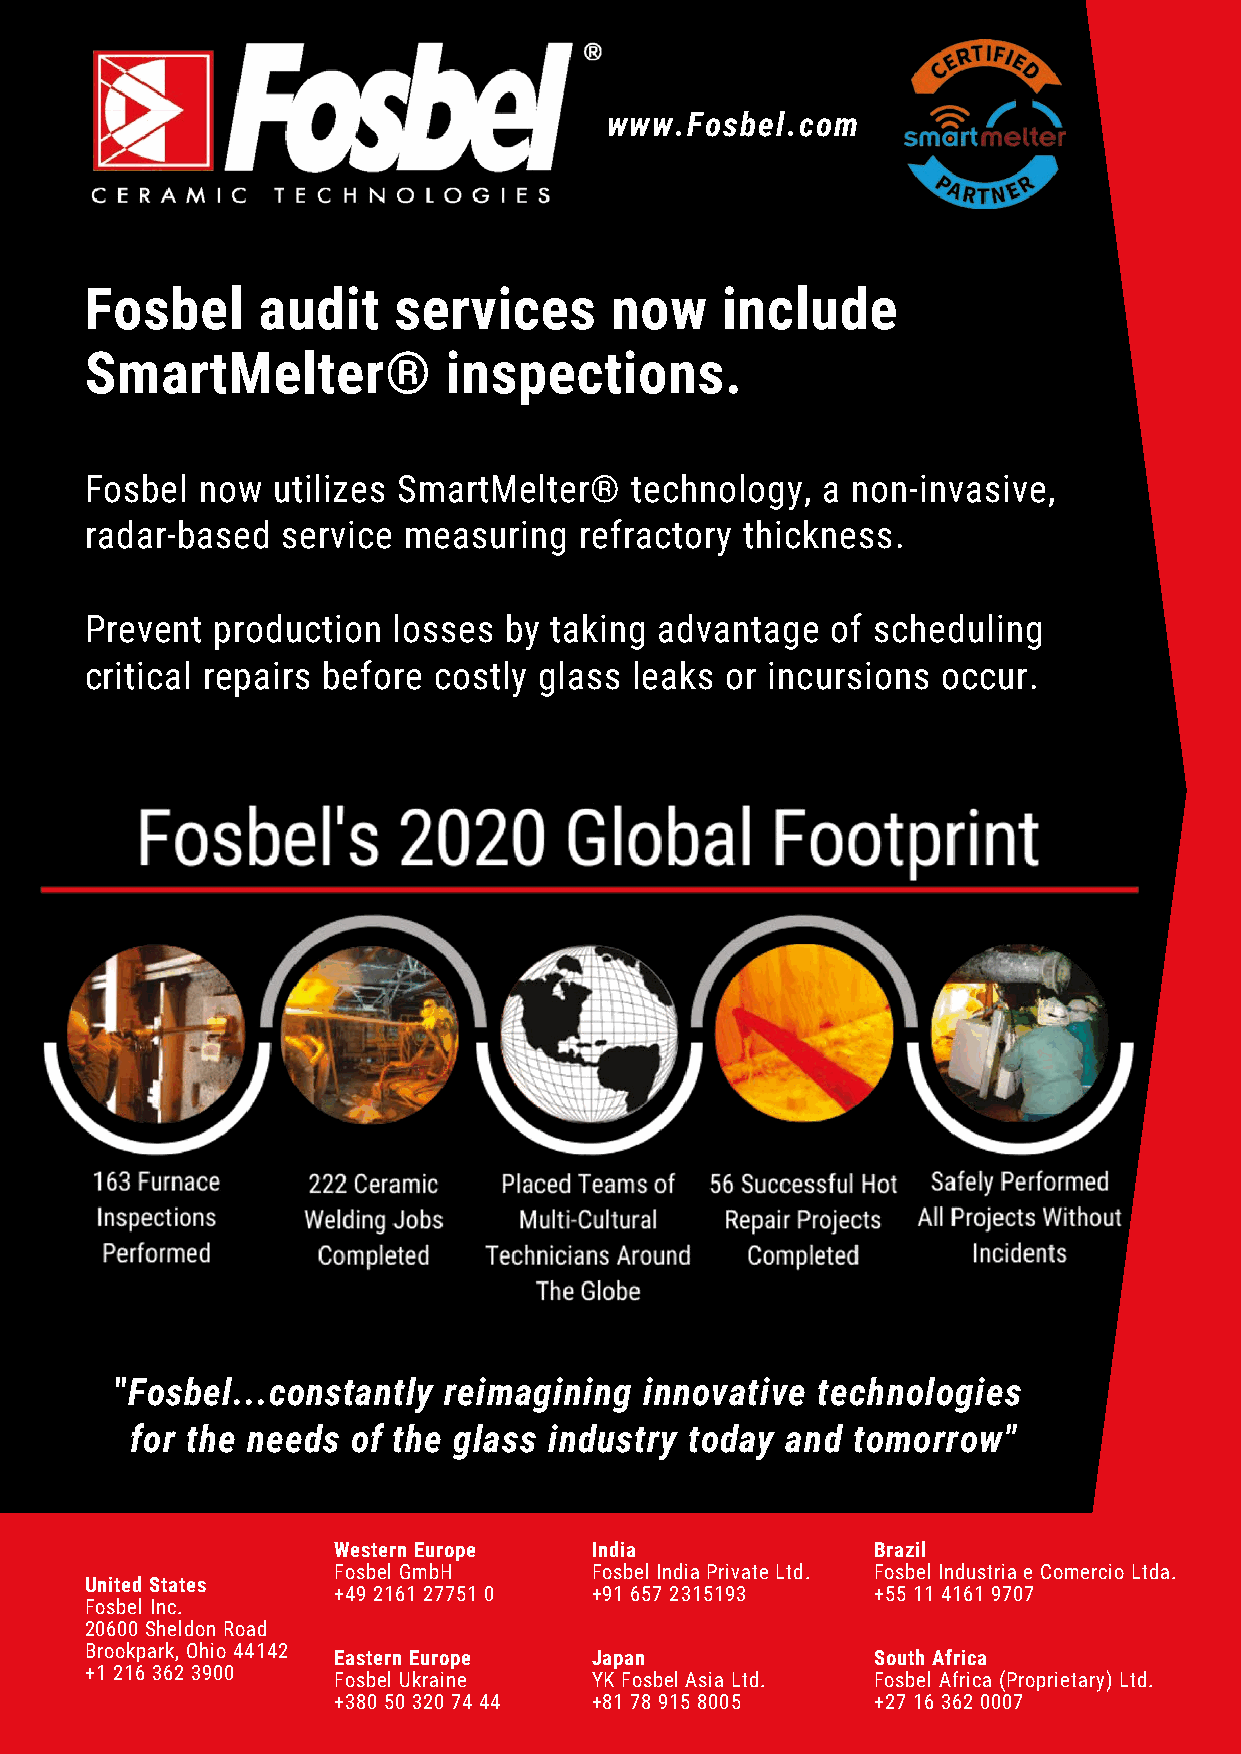
www.Fosbel.com
 www.Fosbel.com
 Fosbel     audit    services      now     include
 Fosbel     audit    services      now     include
 SmartMelter®           inspections.
 SmartMelter®           inspections.
 Fosbel now  utilizes SmartMelter®   technology, a non-invasive,
 Fosbel now  utilizes SmartMelter®   technology, a non-invasive,
 radar-based  service measuring  refractory thickness.
 radar-based  service measuring  refractory thickness.
 Prevent production  losses by taking  advantage  of scheduling
 Prevent production  losses by taking  advantage  of scheduling
 critical repairs before costly glass leaks or incursions occur.
 critical repairs before costly glass leaks or incursions occur.
 "Fosbel...constantly reimagining   innovative technologies
 "Fosbel...constantly reimagining   innovative technologies
 for the needs of the glass industry  today and tomorrow"
 for the needs of the glass industry  today and tomorrow"
 Western Europe   India              Brazil
 FWoessbteelr nG mEubrHope IFnodsibael India Private Ltd. FBoraszbiell Industria e Comercio Ltda.
 United States
 F+o4s9b 2e1l 6G1m 2b7H751 0 +Fo9s1b 6e5l 7In 2d3ia1 5P1r9iv3ate Ltd. +Fo5s5b 1e1l I4n1d6u1s t9r7ia0 7e Comercio Ltda.
 FUonsitbeedl SIntca.tes
 +49 2161 27751 0 +91 657 2315193    +55 11 4161 9707
 F2o0s6b0e0l SInhce.ldon Road
 2B0ro6o0k0p Sahrke,l dOohnio R 4o4a1d42
 Eastern Europe   Japan              South Africa
 B+1ro 2o1k6p a3r6k2, O3h9i0o0 44142
 EFoasstbeerln U Ekuraroinpee JYaKp Faonsbel Asia Ltd. SFoosubthe lA Affrriiccaa (Proprietary) Ltd.
 +1 216 362 3900
 F+o3s8b0e 5l 0U k3r2a0i n7e4 44 Y+8K1 F 7o8s b9e1l5 A 8s0ia0 5Ltd. +Fo2s7b 1e6l A36fr2ic 0a0 (0P7roprietary) Ltd.
 +380 50 320 74 44 +81 78 915 8005   +27 16 362 0007